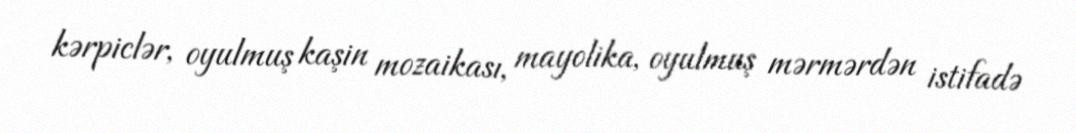
kərpiclər, oyulmuş kaşin mozaikası, mayolika, oyulmuş mərmərdən istifadə